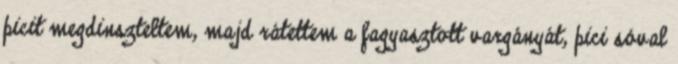
picit megdinszteltem, majd rátettem a fagyasztott vargányát, pici sóval